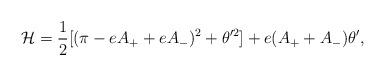
LaTeX: \begin{align*}{\cal H}={1\over 2}[(\pi -eA_++eA_-)^2+\theta '^2]+e(A_++A_-)\theta ',\end{align*}